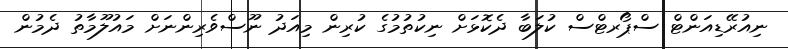
ނިއުރޭޑިއަންޓް ސްޕޯރޓްސް ކުލަބާ ދެކޮޅަށް ނިކުތުމުގެ ކުރިން މިއަދު ނޫސްވެރިންނަށް މައުލޫމާތު ދެމުން